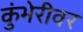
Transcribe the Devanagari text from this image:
कुंभेरीवर